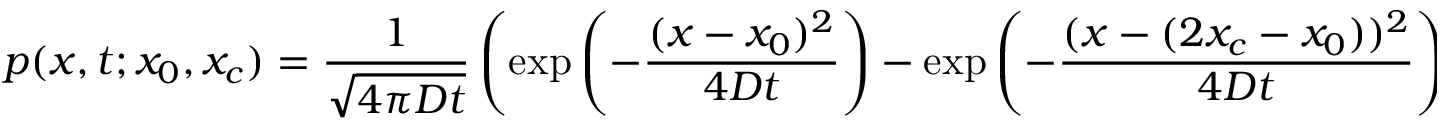
p ( x , t ; x _ { 0 } , x _ { c } ) = { \frac { 1 } { \sqrt { 4 \pi D t } } } \left( \exp \left( - { \frac { ( x - x _ { 0 } ) ^ { 2 } } { 4 D t } } \right) - \exp \left( - { \frac { ( x - ( 2 x _ { c } - x _ { 0 } ) ) ^ { 2 } } { 4 D t } } \right) \right) ,